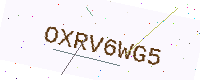
Text: OXRV6WG5